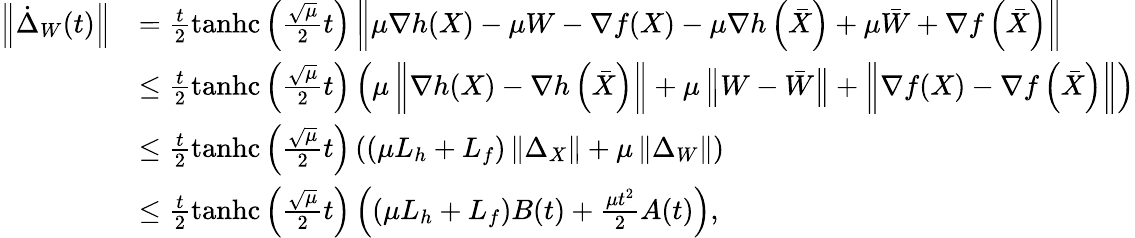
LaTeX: \begin{array}{rl}{\left\Vert\dot{\Delta}_{W}(t)\right\Vert}&{=\frac{t}{2}\operatorname{tanhc}\left(\frac{\sqrt{\mu}}{2}t\right)\left\Vert\mu\nabla h(X)-\mu W-\nabla f(X)-\mu\nabla h\left(\bar{X}\right)+\mu\bar{W}+\nabla f\left(\bar{X}\right)\right\Vert}\\ &{\leq\frac{t}{2}\operatorname{tanhc}\left(\frac{\sqrt{\mu}}{2}t\right)\left(\mu\left\Vert\nabla h(X)-\nabla h\left(\bar{X}\right)\right\Vert+\mu\left\Vert W-\bar{W}\right\Vert+\left\Vert\nabla f(X)-\nabla f\left(\bar{X}\right)\right\Vert\right)}\\ &{\leq\frac{t}{2}\operatorname{tanhc}\left(\frac{\sqrt{\mu}}{2}t\right)\left(\left(\mu L_{h}+L_{f}\right)\left\Vert\Delta_{X}\right\Vert+\mu\left\Vert\Delta_{W}\right\Vert\right)}\\ &{\leq\frac{t}{2}\operatorname{tanhc}\left(\frac{\sqrt{\mu}}{2}t\right)\left(\left(\mu L_{h}+L_{f}\right)B(t)+\frac{\mu t^{2}}{2}A(t)\right),}\end{array}